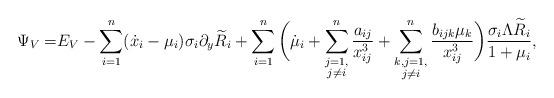
LaTeX: \begin{align*}\Psi_V=&E_V-\sum_{i=1}^n(\dot{x}_i-\mu_i)\sigma_i\partial_y\widetilde{R}_i+\sum_{i=1}^n\bigg(\dot{\mu}_i+\sum^n_{\substack{j=1,\\j\not=i}}\frac{a_{ij}}{x^3_{ij}}+\sum^n_{\substack{k,j=1,\\j\not=i}}\frac{b_{ijk}\mu_k}{x^3_{ij}}\bigg)\frac{\sigma_i\Lambda\widetilde{R}_i}{1+\mu_i},\end{align*}